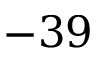
- 3 9